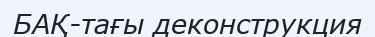
БАҚ-тағы деконструкция